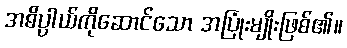
အဓိပ္ပာယ်ကိုဆောင်သော အပြုံးမျိုးဖြစ်၏။